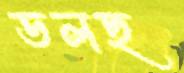
ডলছ